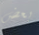
بعض